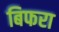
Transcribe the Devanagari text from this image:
बिफरा